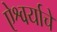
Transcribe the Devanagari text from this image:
ऐश्वर्याचे